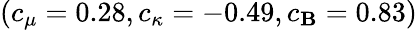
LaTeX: (c_{\mu}=0.28,c_{\kappa}=-0.49,c_{\mathbf{B}}=0.83)